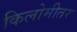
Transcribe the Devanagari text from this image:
किलोमीतर